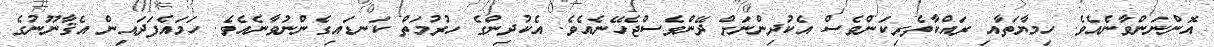
އޮންނަންވާނެއެވެ. ހިމާޔަތާއި ރައްކާތެރިކަންވެސް އެކުދިންނަށް ދޭންވެސްޖެހޭނެއެވެ. އެކުދިންގެ ހުރުމަތް ކަނޑައިގެންނުވާނެއެވެ. ހަމައެފަދައިން އެޤާނޫނުގެ